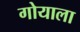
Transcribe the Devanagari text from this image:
गोयाला